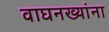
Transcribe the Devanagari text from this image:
वाघनख्यांना